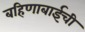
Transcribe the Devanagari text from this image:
बहिणाबाईची